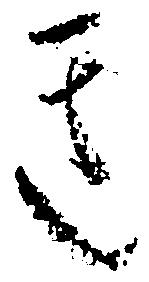
き